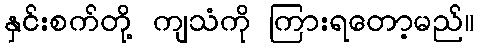
နှင်းစက်တို့ ကျသံကို ကြားရတော့မည်။